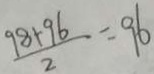
\frac { 9 8 + 9 6 } { 2 } = 9 6